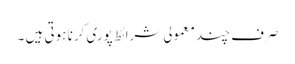
صرف چند معمولی شرائط پوری کرنا ہوتی ہیں ۔